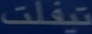
تيفلت